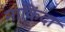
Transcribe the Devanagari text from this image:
नाकिंदा